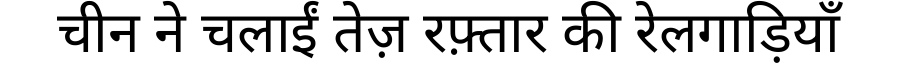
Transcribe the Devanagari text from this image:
चीन ने चलाईं तेज़ रफ़्तार की रेलगाड़ियाँ